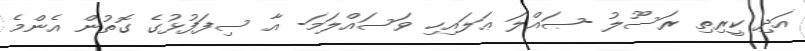
އަދި ކީރިތި ރަސޫލު -ޞައްލަ ޢަލައިހި ވަސައްލަމަ- އާ ސިފަފުޅުގެ ގޮތުން އެންމެ